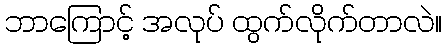
ဘာကြောင့် အလုပ် ထွက်လိုက်တာလဲ။